Source: Handwritten
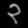
Digit: ၃ (3)